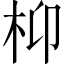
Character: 枊